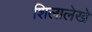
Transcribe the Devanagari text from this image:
शिलालेखे